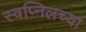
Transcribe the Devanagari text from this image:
स्वप्निलच्या